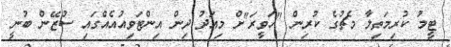
ޓީމު ކުރިމަތިލާ މެޗުގެ ކުރިން "ހަވީރަ"ށް މިއަދު ދިން އިންޓަވިއުއެއްގައި ސުޒޭން ބުނީ